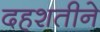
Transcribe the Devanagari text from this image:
दहशतीने